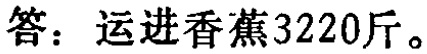
答：运进香蕉3220斤。